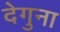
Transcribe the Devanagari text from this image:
देगुना